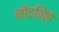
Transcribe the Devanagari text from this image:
नोंदविणे